Document type: Acquittal of debt
Year: 1424
Scribe: Francesc de Casanoves
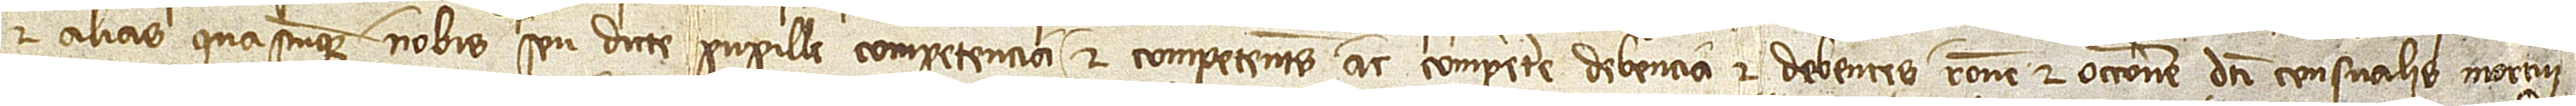
et alias quascumque nobis seu dicte pupille competencia et competentes ac competere debencia et debentes ratione et occasione dicti censualis mortui